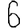
Digit: 6